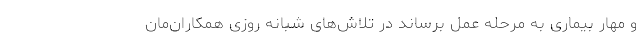
و مهار بیماری به مرحله عمل برساند در تلاش‌های شبانه روزی همکاران‌مان